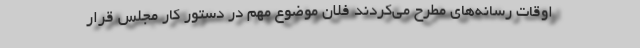
اوقات رسانه‌های مطرح می‌کردند فلان موضوع مهم در دستور کار مجلس قرار